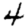
Digit: 4